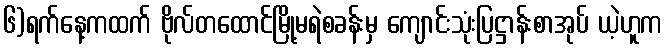
၆)ရက်နေ့ကထက် ဗိုလ်တထောင်မြို့မရဲစခန်းမှ ကျောင်းသုံးပြဋ္ဌာန်းစာအုပ် ယဲ့ဟူက